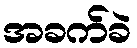
အခက်ခဲ